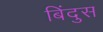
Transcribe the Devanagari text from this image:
बिंदुस